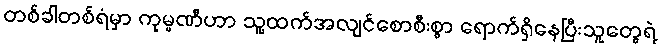
တစ်ခါတစ်ရံမှာ ကုမ္ပဏီဟာ သူ့ထက်အလျင်စောစီးစွာ ရောက်ရှိနေပြီးသူတွေရဲ့